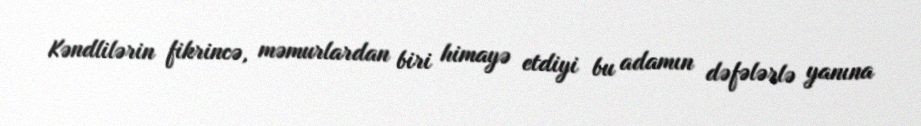
Kəndlilərin fikrincə, məmurlardan biri himayə etdiyi bu adamın dəfələrlə yanına